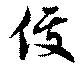
俊